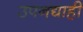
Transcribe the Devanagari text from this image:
उपनद्याही